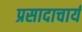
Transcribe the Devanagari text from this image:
प्रसादाचार्य